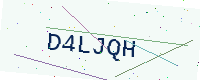
Text: D4LJQH